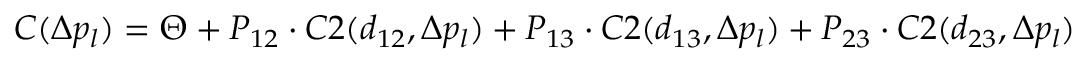
C ( \Delta p _ { l } ) = \Theta + P _ { 1 2 } \cdot C 2 ( d _ { 1 2 } , \Delta p _ { l } ) + P _ { 1 3 } \cdot C 2 ( d _ { 1 3 } , \Delta p _ { l } ) + P _ { 2 3 } \cdot C 2 ( d _ { 2 3 } , \Delta p _ { l } )